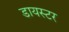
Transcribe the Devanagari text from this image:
डायस्टर